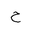
Letter: _ha